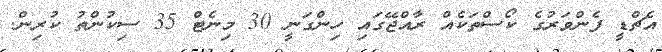
އެޗްޑީ ފެންވަރުގެ ކޯސްތަކެއް ރާއްޖޭގައި ހިންގަނީ 30 މިނެޓް 35 ސިކުންތު ކުރިން.